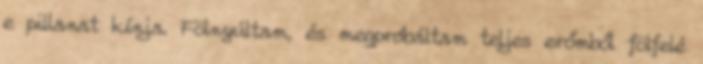
e pillanat kínja. Fölnyúltam, és megpróbáltam teljes erőmből fölfelé